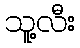
သူ့လီး